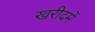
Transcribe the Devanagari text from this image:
खरीदमें